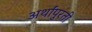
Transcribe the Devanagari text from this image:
अर्थांपुरती